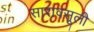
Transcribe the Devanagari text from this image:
सारावसूली